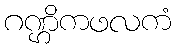
ဂဏ္ဌိကဖလကံ